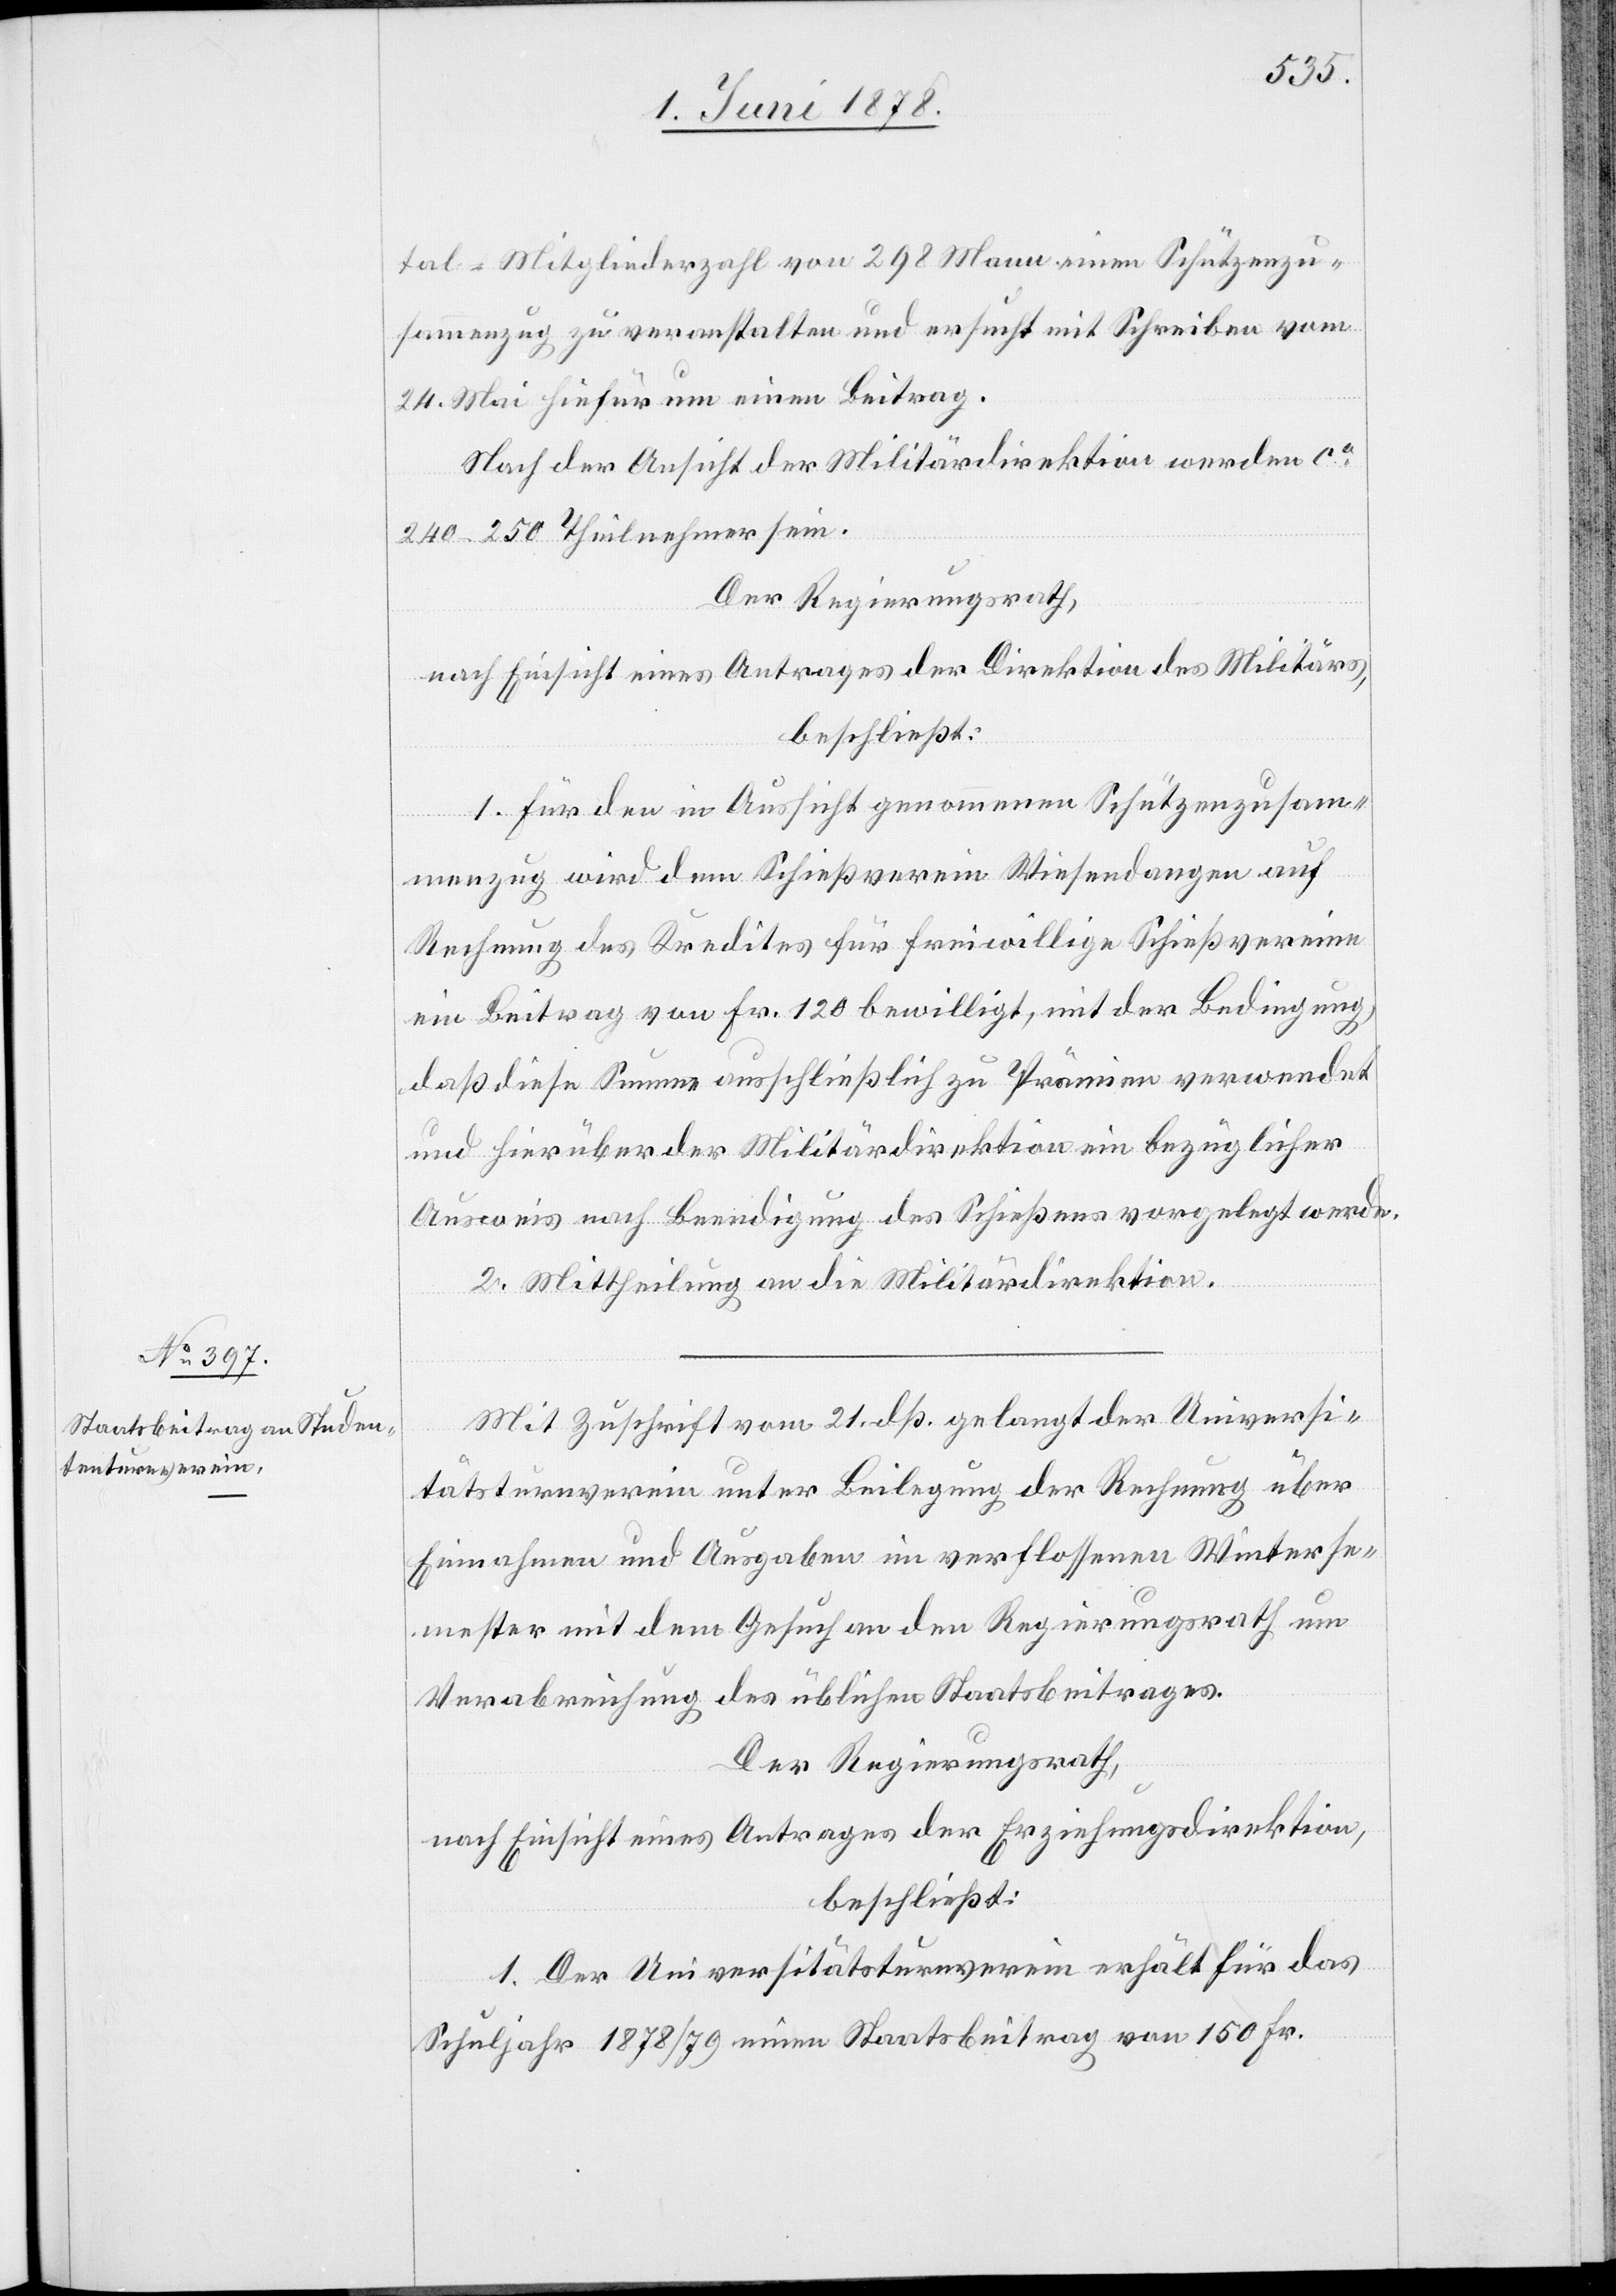
tal-Mitgliederzahl von 298 Mann einen Schützenzu¬
sammenzug zu veranstalten und ersucht mit Schreiben vom
24. Mai hiefür um einen Beitrag.
Nach der Ansicht der Militärdirektion werden ca
240–250 Theilnehmer [an¬
Der Regierungsrath,
nach Einsicht eines Antrages der Direktion des Militärs,
beschließt:
1. Für den in Aussicht genommenen Schützenzusam¬
menzug wird dem Schützenverein Wiesendangen auf
Rechnung des Kredites für freiwillige Schießvereine
ein Beitrag von Fr. 120 bewilligt, mit der Bedingung,
daß diese Summe ausschließlich zu Prämien verwendet
und hierüber der Militärdirektion ein bezüglicher
Ausweis nach Beendigung des Schießens vorgelegt werde.
2. Mittheilung an die Militärdirektion.
sein.
Mit Zuschrift vom 21. dß. gelangt der Universi¬
tätsturnverein unter Beilegung der Rechnung über
Einnahmen und Ausgaben im verflossenen Winterse¬
mester mit dem Gesuch an den Regierungsrath um
Verabreichung des üblichen Staatsbeitrages.
Der Regierungsrath,
nach Einsicht eines Antrages der Erziehungsdirektion,
beschließt:
1. Der Universitätsturnverein erhält für das
Schuljahr 1878/79 einen Staatsbeitrag von 150 Fr.